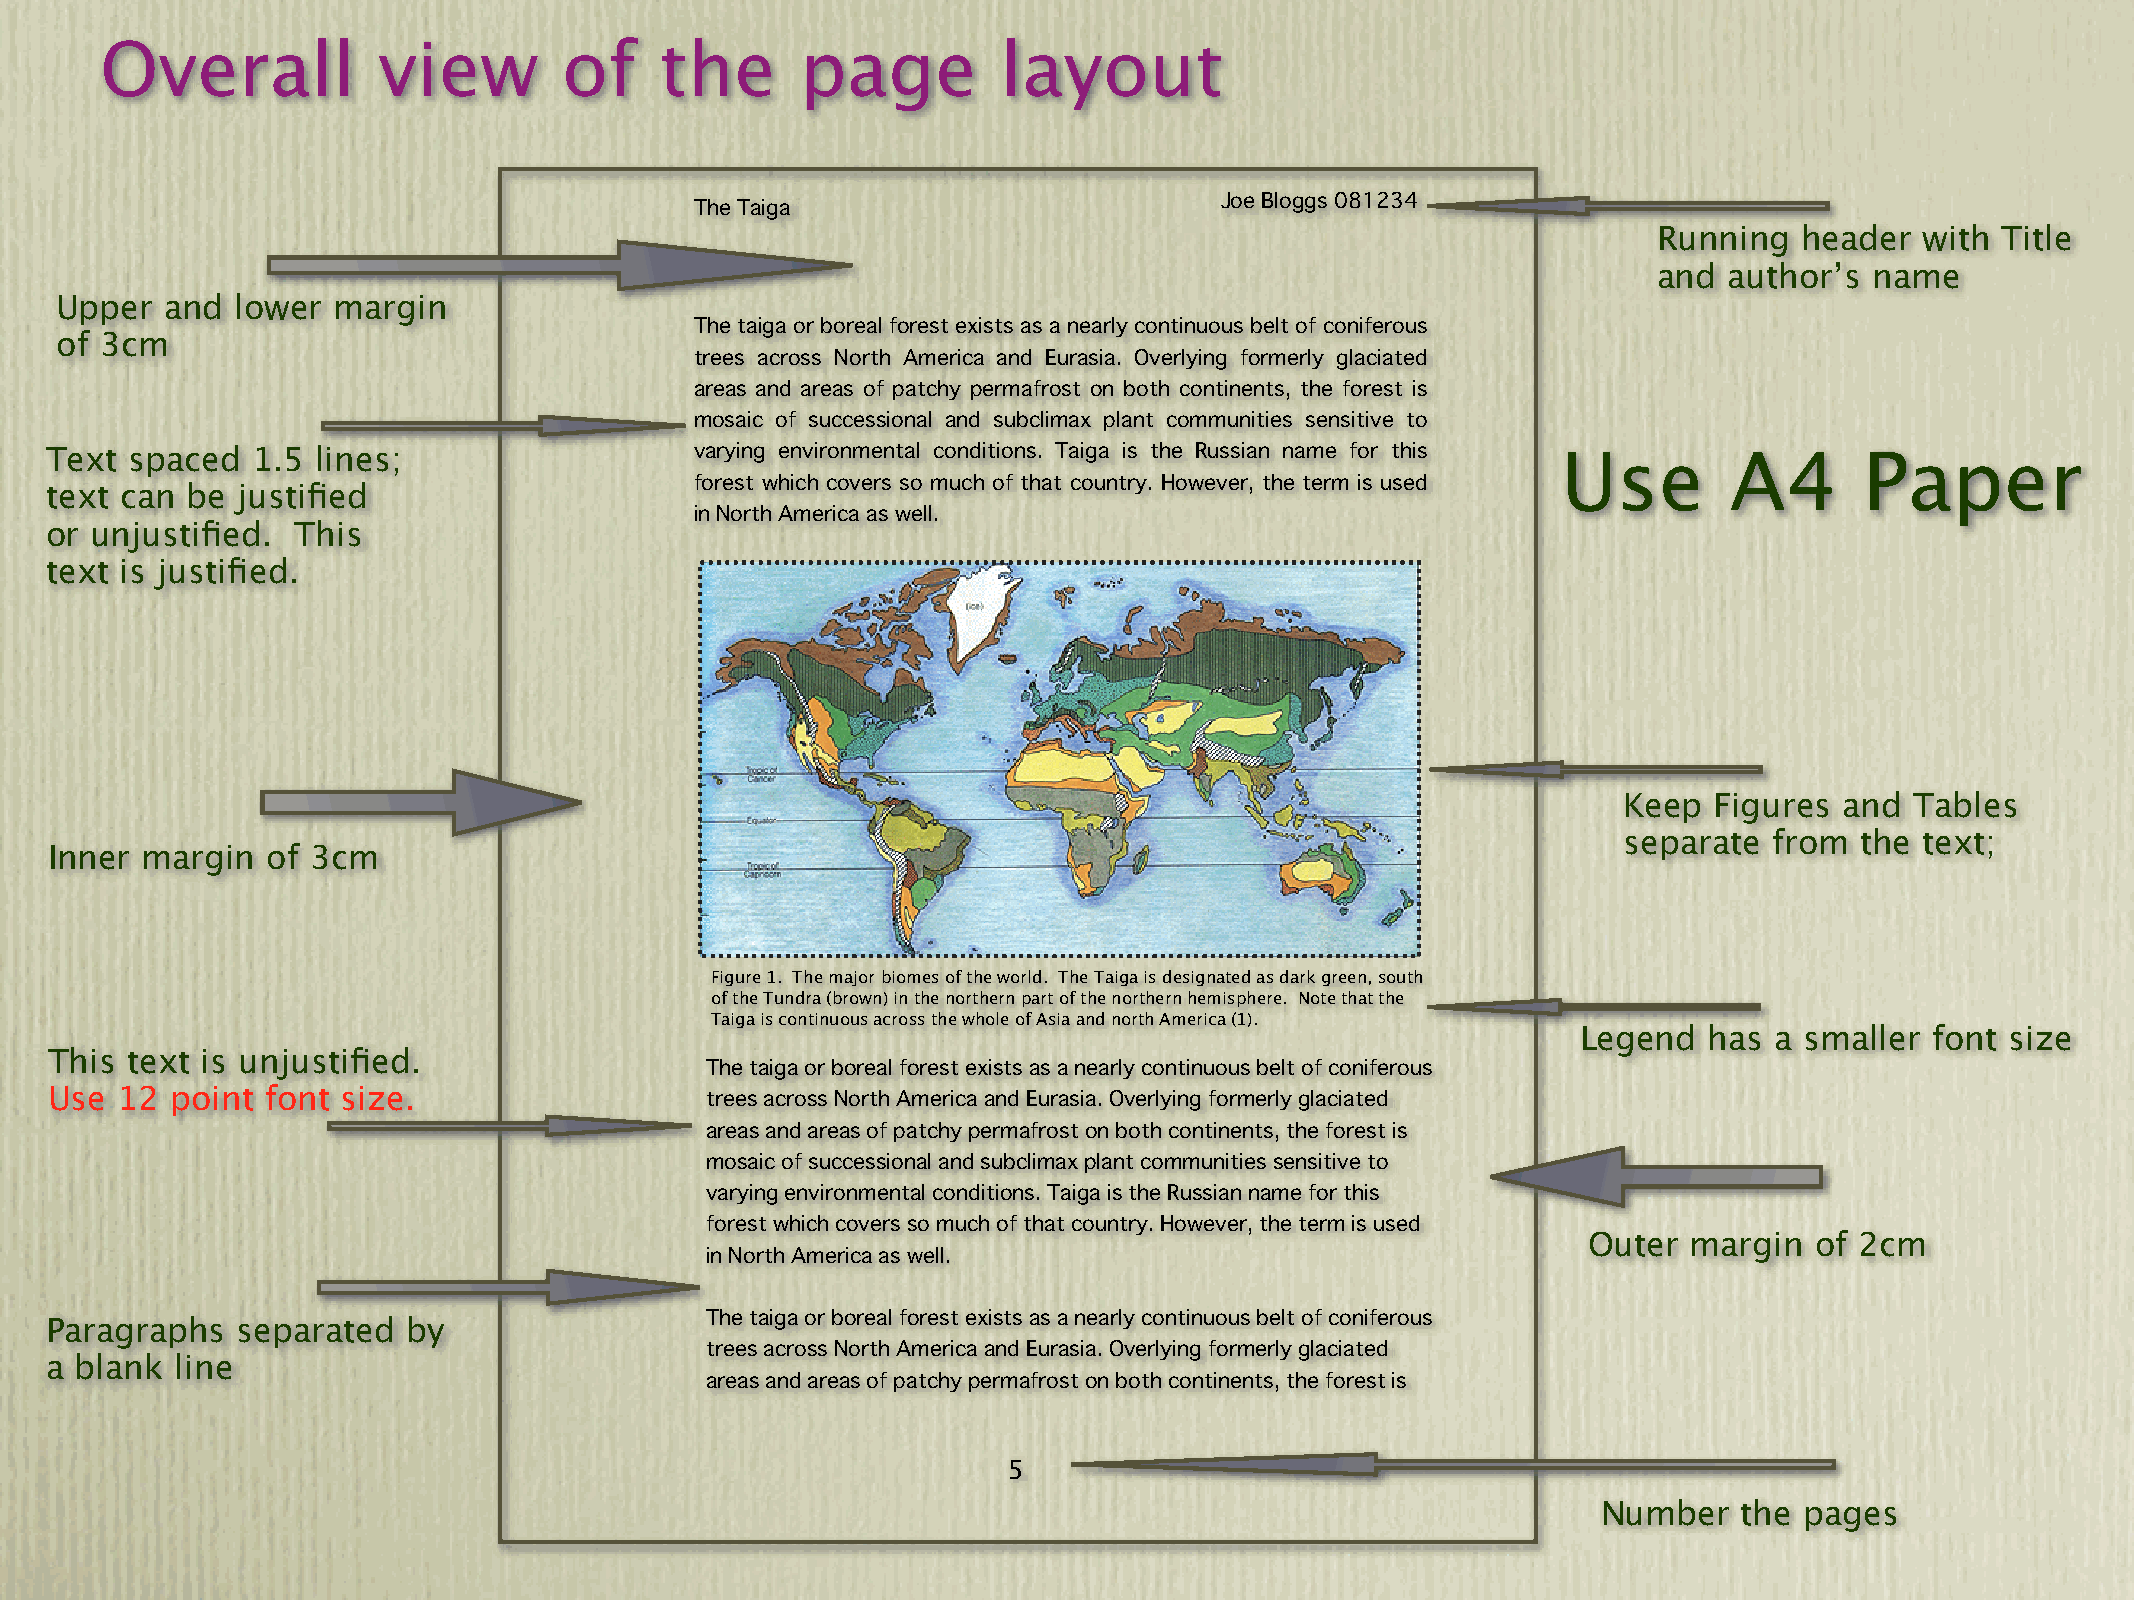
Overall           view        of     the      page         layout
 The Taiga                          Joe Bloggs 081234
 Running  header  with  Title
 and author’s  name
 Upper  and  lower margin
 The taiga or boreal forest exists as a nearly continuous belt of coniferous
 of 3cm
 trees across North America and Eurasia. Overlying formerly glaciated
 areas and areas of patchy permafrost on both continents, the forest is
 mosaic of successional and subclimax plant communities sensitive to
 Text  spaced  1.5 lines;                   varying environmental conditions. Taiga is the Russian name for this Use A4  Paper
 forest which covers so much of that country. However, the term is used
 text can be  justified
 in North America as well.
 or unjustified. This
 text is justified.
 Keep  Figures  and  Tables
 separate  from  the text;
 Inner margin   of 3cm
 Figure 1. The major biomes of the world. The Taiga is designated as dark green, south
 of the Tundra (brown) in the northern part of the northern hemisphere. Note that the
 Taiga is continuous across the whole of Asia and north America (1).
 Legend  has a smaller  font size
 This text is unjustified.
 The taiga or boreal forest exists as a nearly continuous belt of coniferous
 Use  12 point  font size.
 trees across North America and Eurasia. Overlying formerly glaciated
 areas and areas of patchy permafrost on both continents, the forest is
 mosaic of successional and subclimax plant communities sensitive to
 varying environmental conditions. Taiga is the Russian name for this
 forest which covers so much of that country. However, the term is used
 Outer  margin  of 2cm
 in North America as well.
 Paragraphs   separated  by                  The taiga or boreal forest exists as a nearly continuous belt of coniferous
 trees across North America and Eurasia. Overlying formerly glaciated
 a blank  line
 areas and areas of patchy permafrost on both continents, the forest is
 5
 Number   the pages